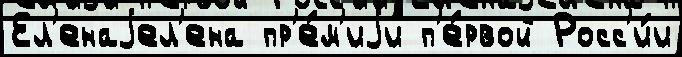
Ел'енаjел'ена пр'е́м'иjи п'е́рвой Росс'и́и